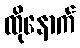
ထိုနောက်